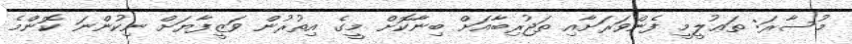
މުސާރަ: ތަޢުލީމީ ފެންވަރަށާއި ތަޖުރިބާއަށް ބިނާކޮށް މީގެ އިތުރުން ވަޒީފާޔަށް ނިކުންނަ ކޮންމެ